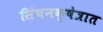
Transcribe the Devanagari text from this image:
सिंचनक्षेत्रात